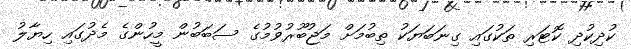
ކުދިކުދި ކޮޓަރި ތަކުގައި ގިނަބަޔަކު ތިބުމަށް މަޖުބޫރުވުމުގެ ސަބަބުން މީހުންގެ މެދުގައި ހިޔާލު